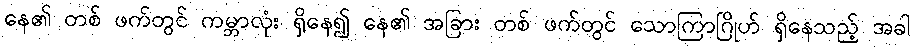
နေ၏ တစ် ဖက်တွင် ကမ္ဘာလုံး ရှိနေ၍ နေ၏ အခြား တစ် ဖက်တွင် သောကြာဂြိုဟ် ရှိနေသည့် အခါ